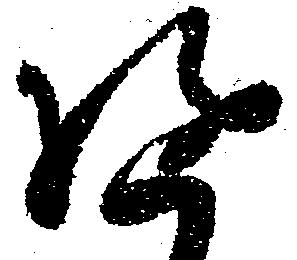
遊